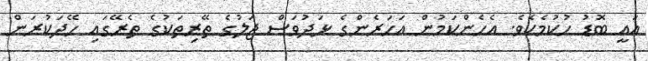
އައީ ބޮޑު ހުކުމެކެވެ. އެހެންކަމުން އަހަރެންގެ ޅަދުވަސް ޖަލުގެ ތޭރިތަކުގެ ތެރޭގައި ހޭދަކުރަން